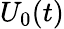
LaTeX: U_{0}(t)